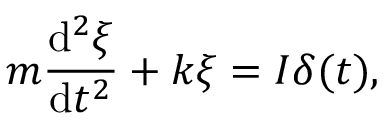
m { \frac { \mathrm { d } ^ { 2 } \xi } { \mathrm { d } t ^ { 2 } } } + k \xi = I \delta ( t ) ,